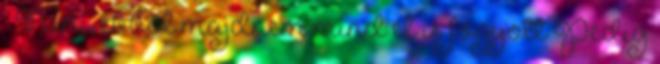
– Nini, ebből majdnem mind el is fogyott Pedig